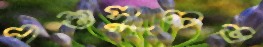
পশুসুলভ